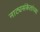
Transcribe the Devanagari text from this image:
नाट्यसंकेतांच्या